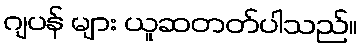
ဂျပန် များ ယူဆတတ်ပါသည်။